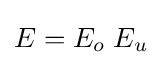
E=E_{o}\;E_{u}